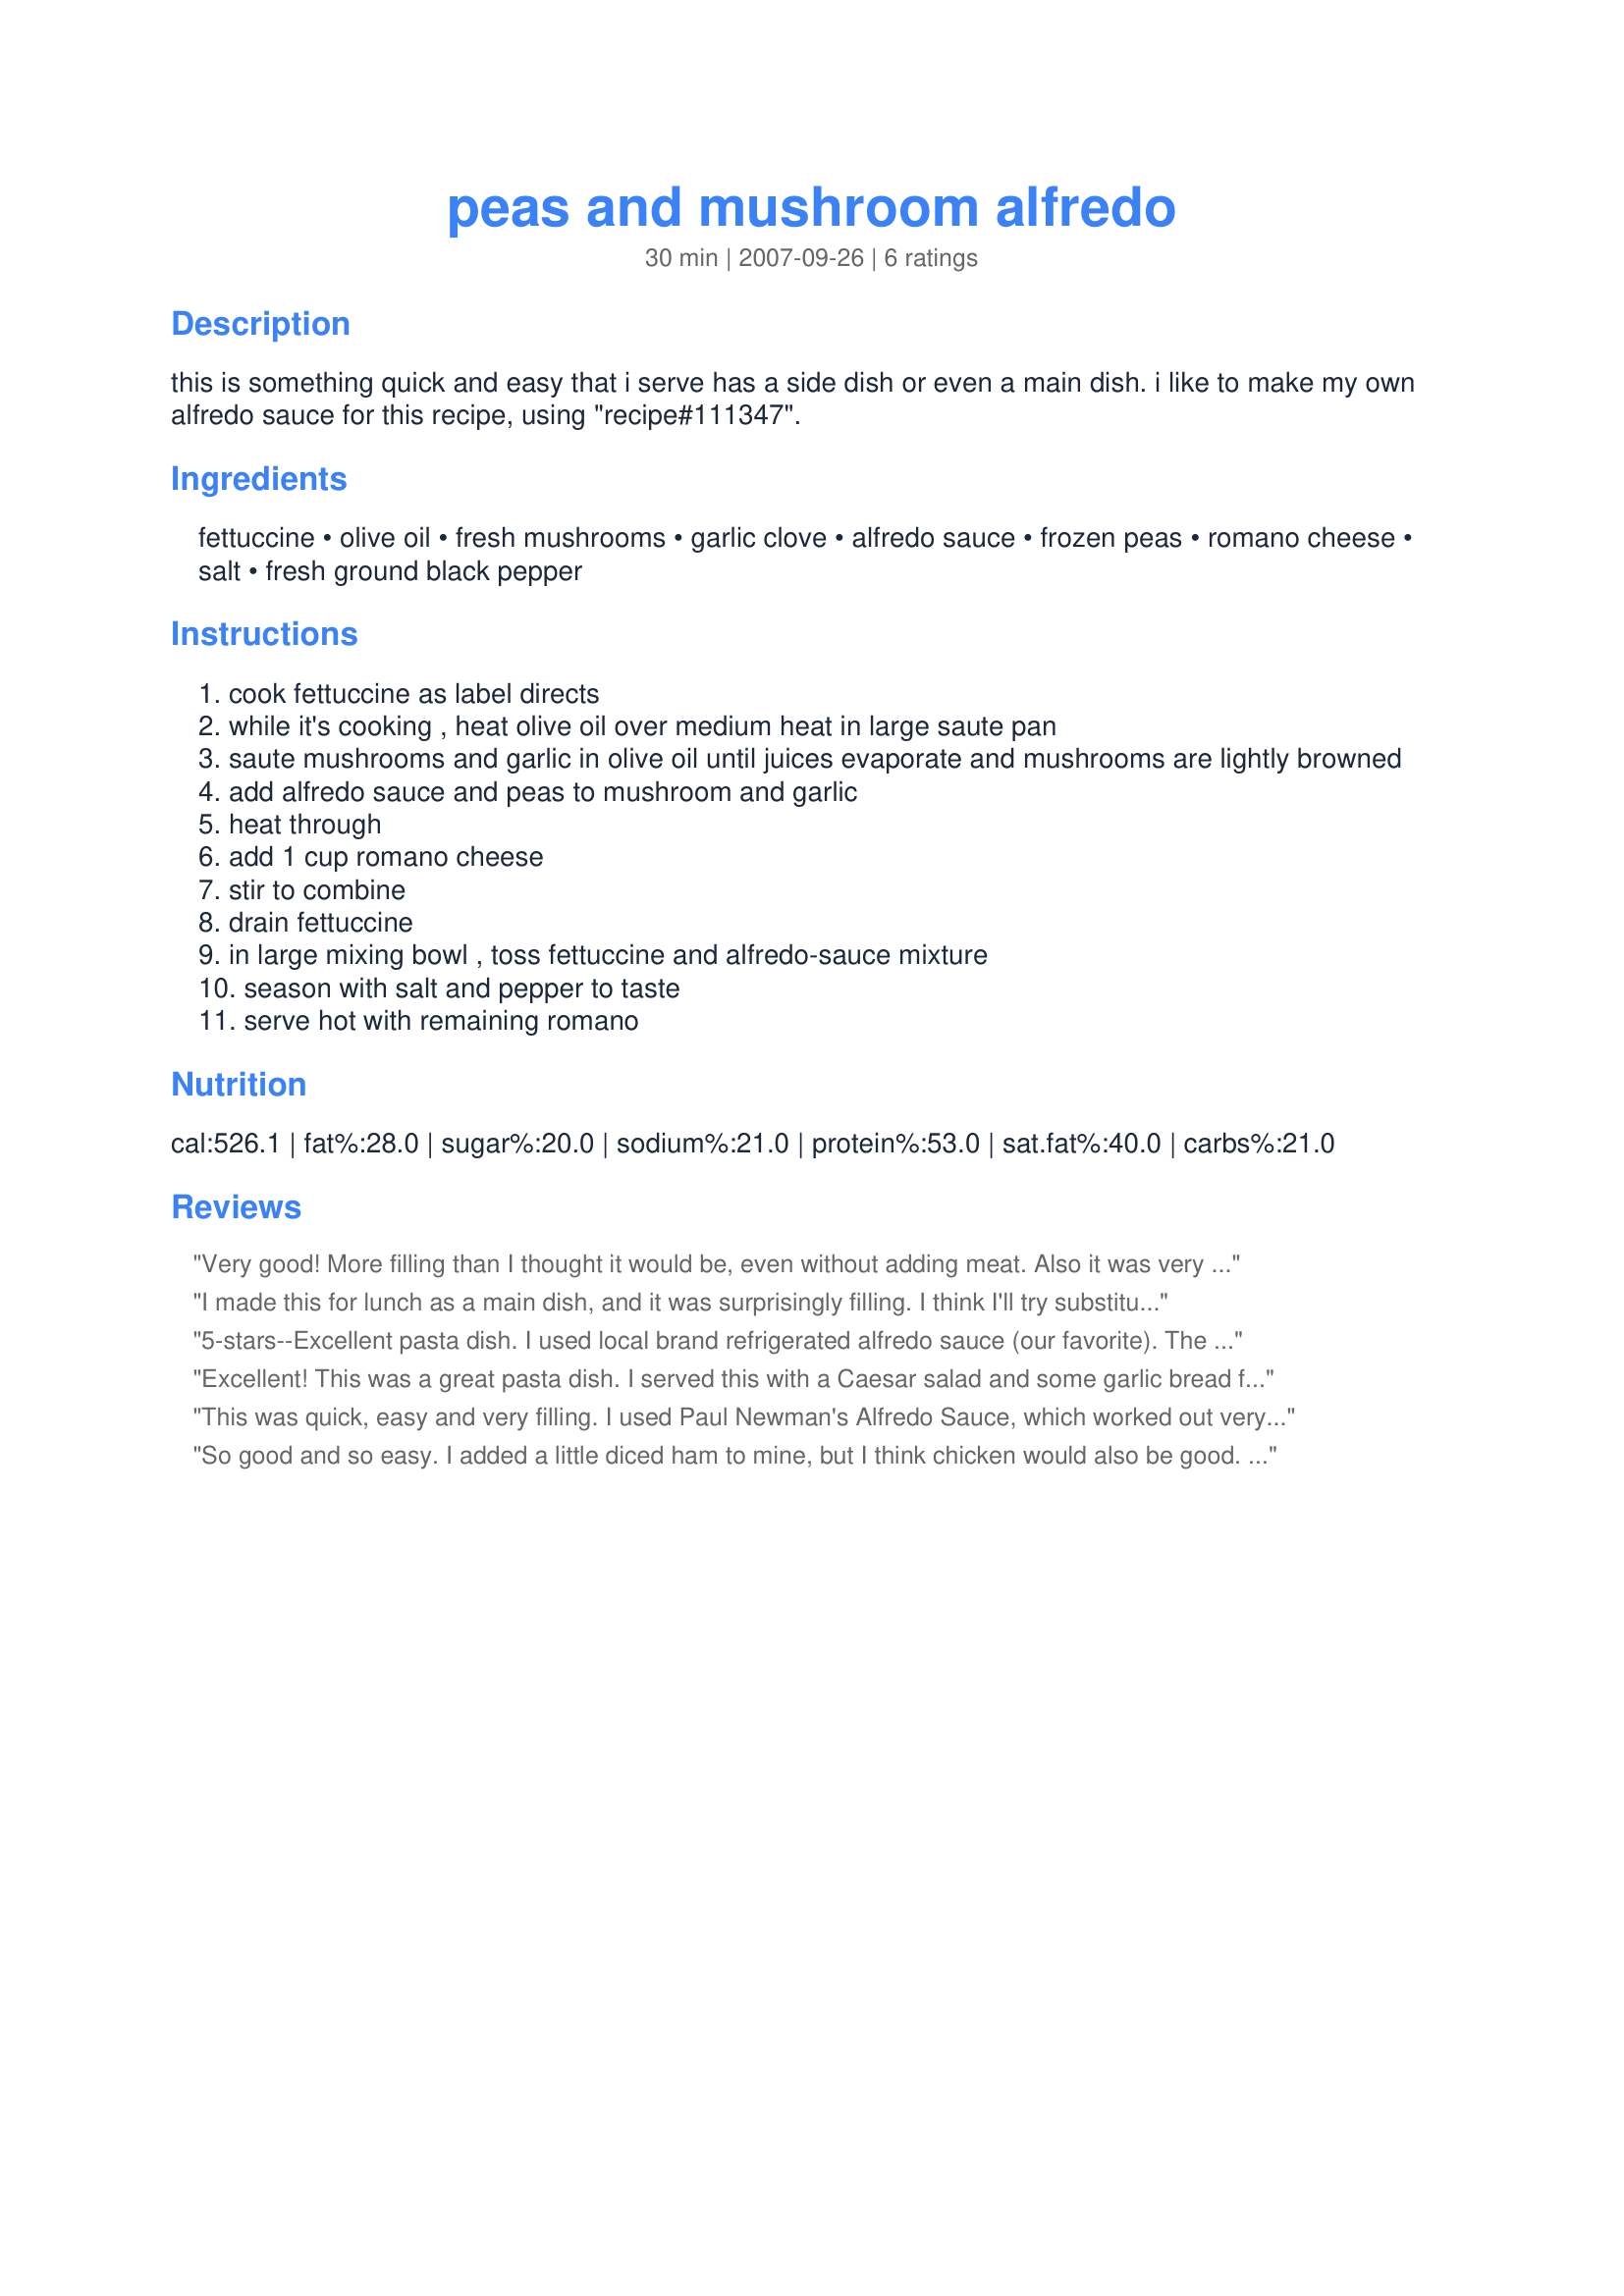
peas and mushroom alfredo
Preparation time: 30 minutes

this is something quick and easy that i serve has a side dish or even a main dish. i like to make my own alfredo sauce for this recipe, using "recipe#111347".

Ingredients:
fettuccine, olive oil, fresh mushrooms, garlic clove, alfredo sauce, frozen peas, romano cheese, salt, fresh ground black pepper

Steps:
cook fettuccine as label directs
while it's cooking , heat olive oil over medium heat in large saute pan
saute mushrooms and garlic in olive oil until juices evaporate and mushrooms are lightly browned
add alfredo sauce and peas to mushroom and garlic
heat through
add 1 cup romano cheese
stir to combine
drain fettuccine
in large mixing bowl , toss fettuccine and alfredo-sauce mixture
season with salt and pepper to taste
serve hot with remaining romano

Reviews:
Very good! More filling than I thought it would be, even without adding meat. Also it was very quick and easy to prepare, took about 20 minutes from start to finish.
I made this for lunch as a main dish, and it was surprisingly filling. I think I'll try substituting spinach, asparagus, or broccoli as an alternative to the peas sometimes and I'd increase the mushrooms. I agree with the other reviews that the addition of protein would make this a complete meal. Thanks for posting!
5-stars--Excellent pasta dish. I used local brand refrigerated alfredo sauce (our favorite). The mushrooms and peas pair well together and with the pasta, make a filling main dish. Thanks, would definitely make this again.
Excellent! This was a great pasta dish. I served this with a Caesar salad and some garlic bread for a wonderful meal. I used spinach fettuccine and added some leftover chicken to the leftovers for another great meal. Thanks Lainey!
This was quick, easy and very filling. I used Paul Newman's Alfredo Sauce, which worked out very nicely. I think adding any protein would make this a complete dinner, and may try adding shrimp next time. Thanks for posting this. Made for Please Review My Recipe Tag Game.
So good and so easy. I added a little diced ham to mine, but I think chicken would also be good. The only change I would make is to add less oil for cooking the mushrooms as 2 tablespoons seemed a bit too much.
